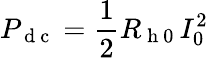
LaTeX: P_{\mathrm{~d~c~}}=\frac{1}{2}R_{\mathrm{~h~0~}}I_{0}^{2}